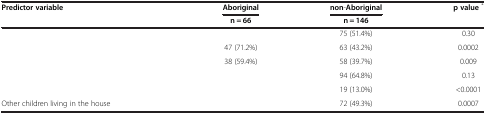
<table><thead><tr><td><b>Predictor variable</b></td><td><b>Aboriginal</b></td><td><b>non-Aboriginal</b></td><td><b>p value<sup>*</sup></b></td></tr><tr><td>[EMPTY_CELL]</td><td><b>n = 66</b></td><td><b>n = 146</b></td><td>[EMPTY_CELL]</td></tr></thead><tbody><tr><td>[EMPTY_CELL]</td><td>[EMPTY_CELL]</td><td>75 (51.4%)</td><td>0.30</td></tr><tr><td>[EMPTY_CELL]</td><td>47 (71.2%)</td><td>63 (43.2%)</td><td>0.0002</td></tr><tr><td>[EMPTY_CELL]</td><td>38 (59.4%)</td><td>58 (39.7%)</td><td>0.009</td></tr><tr><td>[EMPTY_CELL]</td><td>[EMPTY_CELL]</td><td>94 (64.8%)</td><td>0.13</td></tr><tr><td>[EMPTY_CELL]</td><td>[EMPTY_CELL]</td><td>19 (13.0%)</td><td>&lt;0.0001</td></tr><tr><td>Other children living in the house</td><td>[EMPTY_CELL]</td><td>72 (49.3%)</td><td>0.0007</td></tr></tbody></table>